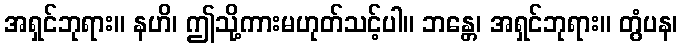
အရှင်ဘုရား။ နဟိ၊ ဤသို့ကားမဟုတ်သင့်ပါ။ ဘန္တေ၊ အရှင်ဘုရား။ တွံပန၊